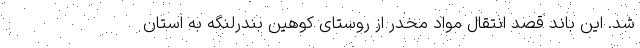
شد. این باند قصد انتقال مواد مخدر از روستای کوهین بندرلنگه به استان